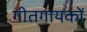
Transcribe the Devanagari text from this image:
गीतगायकों